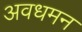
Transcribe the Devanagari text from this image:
अवधमन